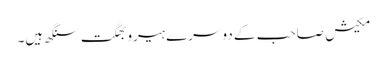
مکیش صاحب کے دوسرے ہیرو بھگت سنگھ ہیں۔